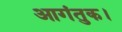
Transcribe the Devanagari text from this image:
आगंतुक।